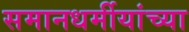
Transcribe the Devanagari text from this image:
समानधर्मीयांच्या